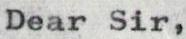
Dear Sir,